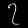
Digit: ၇